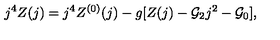
j ^ { 4 } Z ( j ) = j ^ { 4 } Z ^ { ( 0 ) } ( j ) - g [ Z ( j ) - { \cal G } _ { 2 } j ^ { 2 } - { \cal G } _ { 0 } ] ,